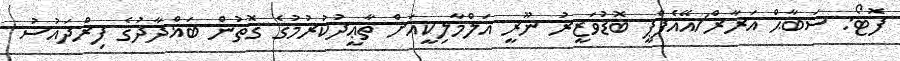
ފޮޓޯ: ސަބާޙް އަރާރް/އޭއެފްޕީ ބޮޑުވަޒީރު ނޫރީ އަލްމާލިކީއަށް ތާޢީދުކުރުމުގެ ގޮތުން ބަޣްދާދުގެ ފިރްދައުސު